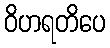
ဝိဟရတိပေ